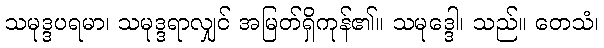
သမုဒ္ဒပရမာ၊ သမုဒ္ဒရာလျှင် အမြတ်ရှိကုန်၏။ သမုဒ္ဒေါ၊ သည်။ တေသံ၊